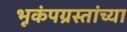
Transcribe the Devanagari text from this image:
भूकंपग्रस्तांच्या